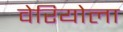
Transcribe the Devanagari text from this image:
वेरियोला